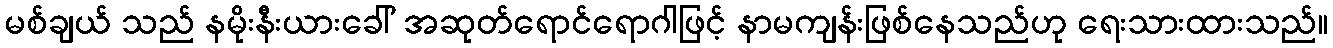
မစ်ချယ် သည် နမိုးနီးယားခေါ် အဆုတ်ရောင်ရောဂါဖြင့် နာမကျန်းဖြစ်နေသည်ဟု ရေးသားထားသည်။